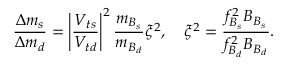
\frac { \Delta m _ { s } } { \Delta m _ { d } } = \left| \frac { V _ { t s } } { V _ { t d } } \right| ^ { 2 } \frac { m _ { B _ { s } } } { m _ { B _ { d } } } \xi ^ { 2 } , \quad \xi ^ { 2 } = \frac { f _ { B _ { s } } ^ { 2 } B _ { B _ { s } } } { f _ { B _ { d } } ^ { 2 } B _ { B _ { d } } } .